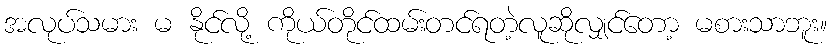
အလုပ်သမား မ နိုင်လို့ ကိုယ်တိုင်ထမ်းတင်ရတဲ့လူဆိုလျှင်တော့ မစားသာဘူး။